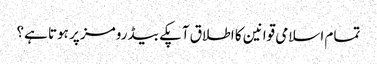
تمام اسلامی قوانین کا اطلاق آپکے بیڈ رومز پر ہوتا ہے؟